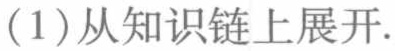
(1)从知识链上展开.